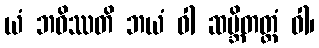
ယံ ဘဝိဿတိ ဘယံ ဝါ ဆမ္ဘိတတ္တံ ဝါ၊